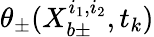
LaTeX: \theta_{\pm}(X_{b\pm}^{i_{1},i_{2}},t_{k})